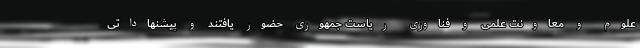
علوم و معاونت علمی و فناوری ریاست جمهوری حضور یافتند و پیشنهاداتی